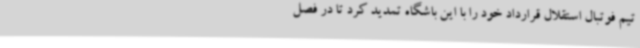
تیم فوتبال استقلال قرارداد خود را با این باشگاه تمدید کرد تا در فصل